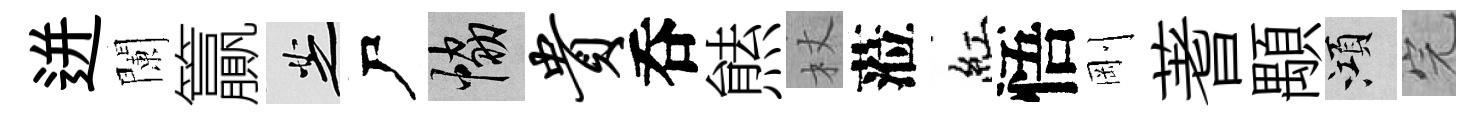
迸闌籯芝尸協贵呑㷱杖蒞紅悟剛蓍顒澒完